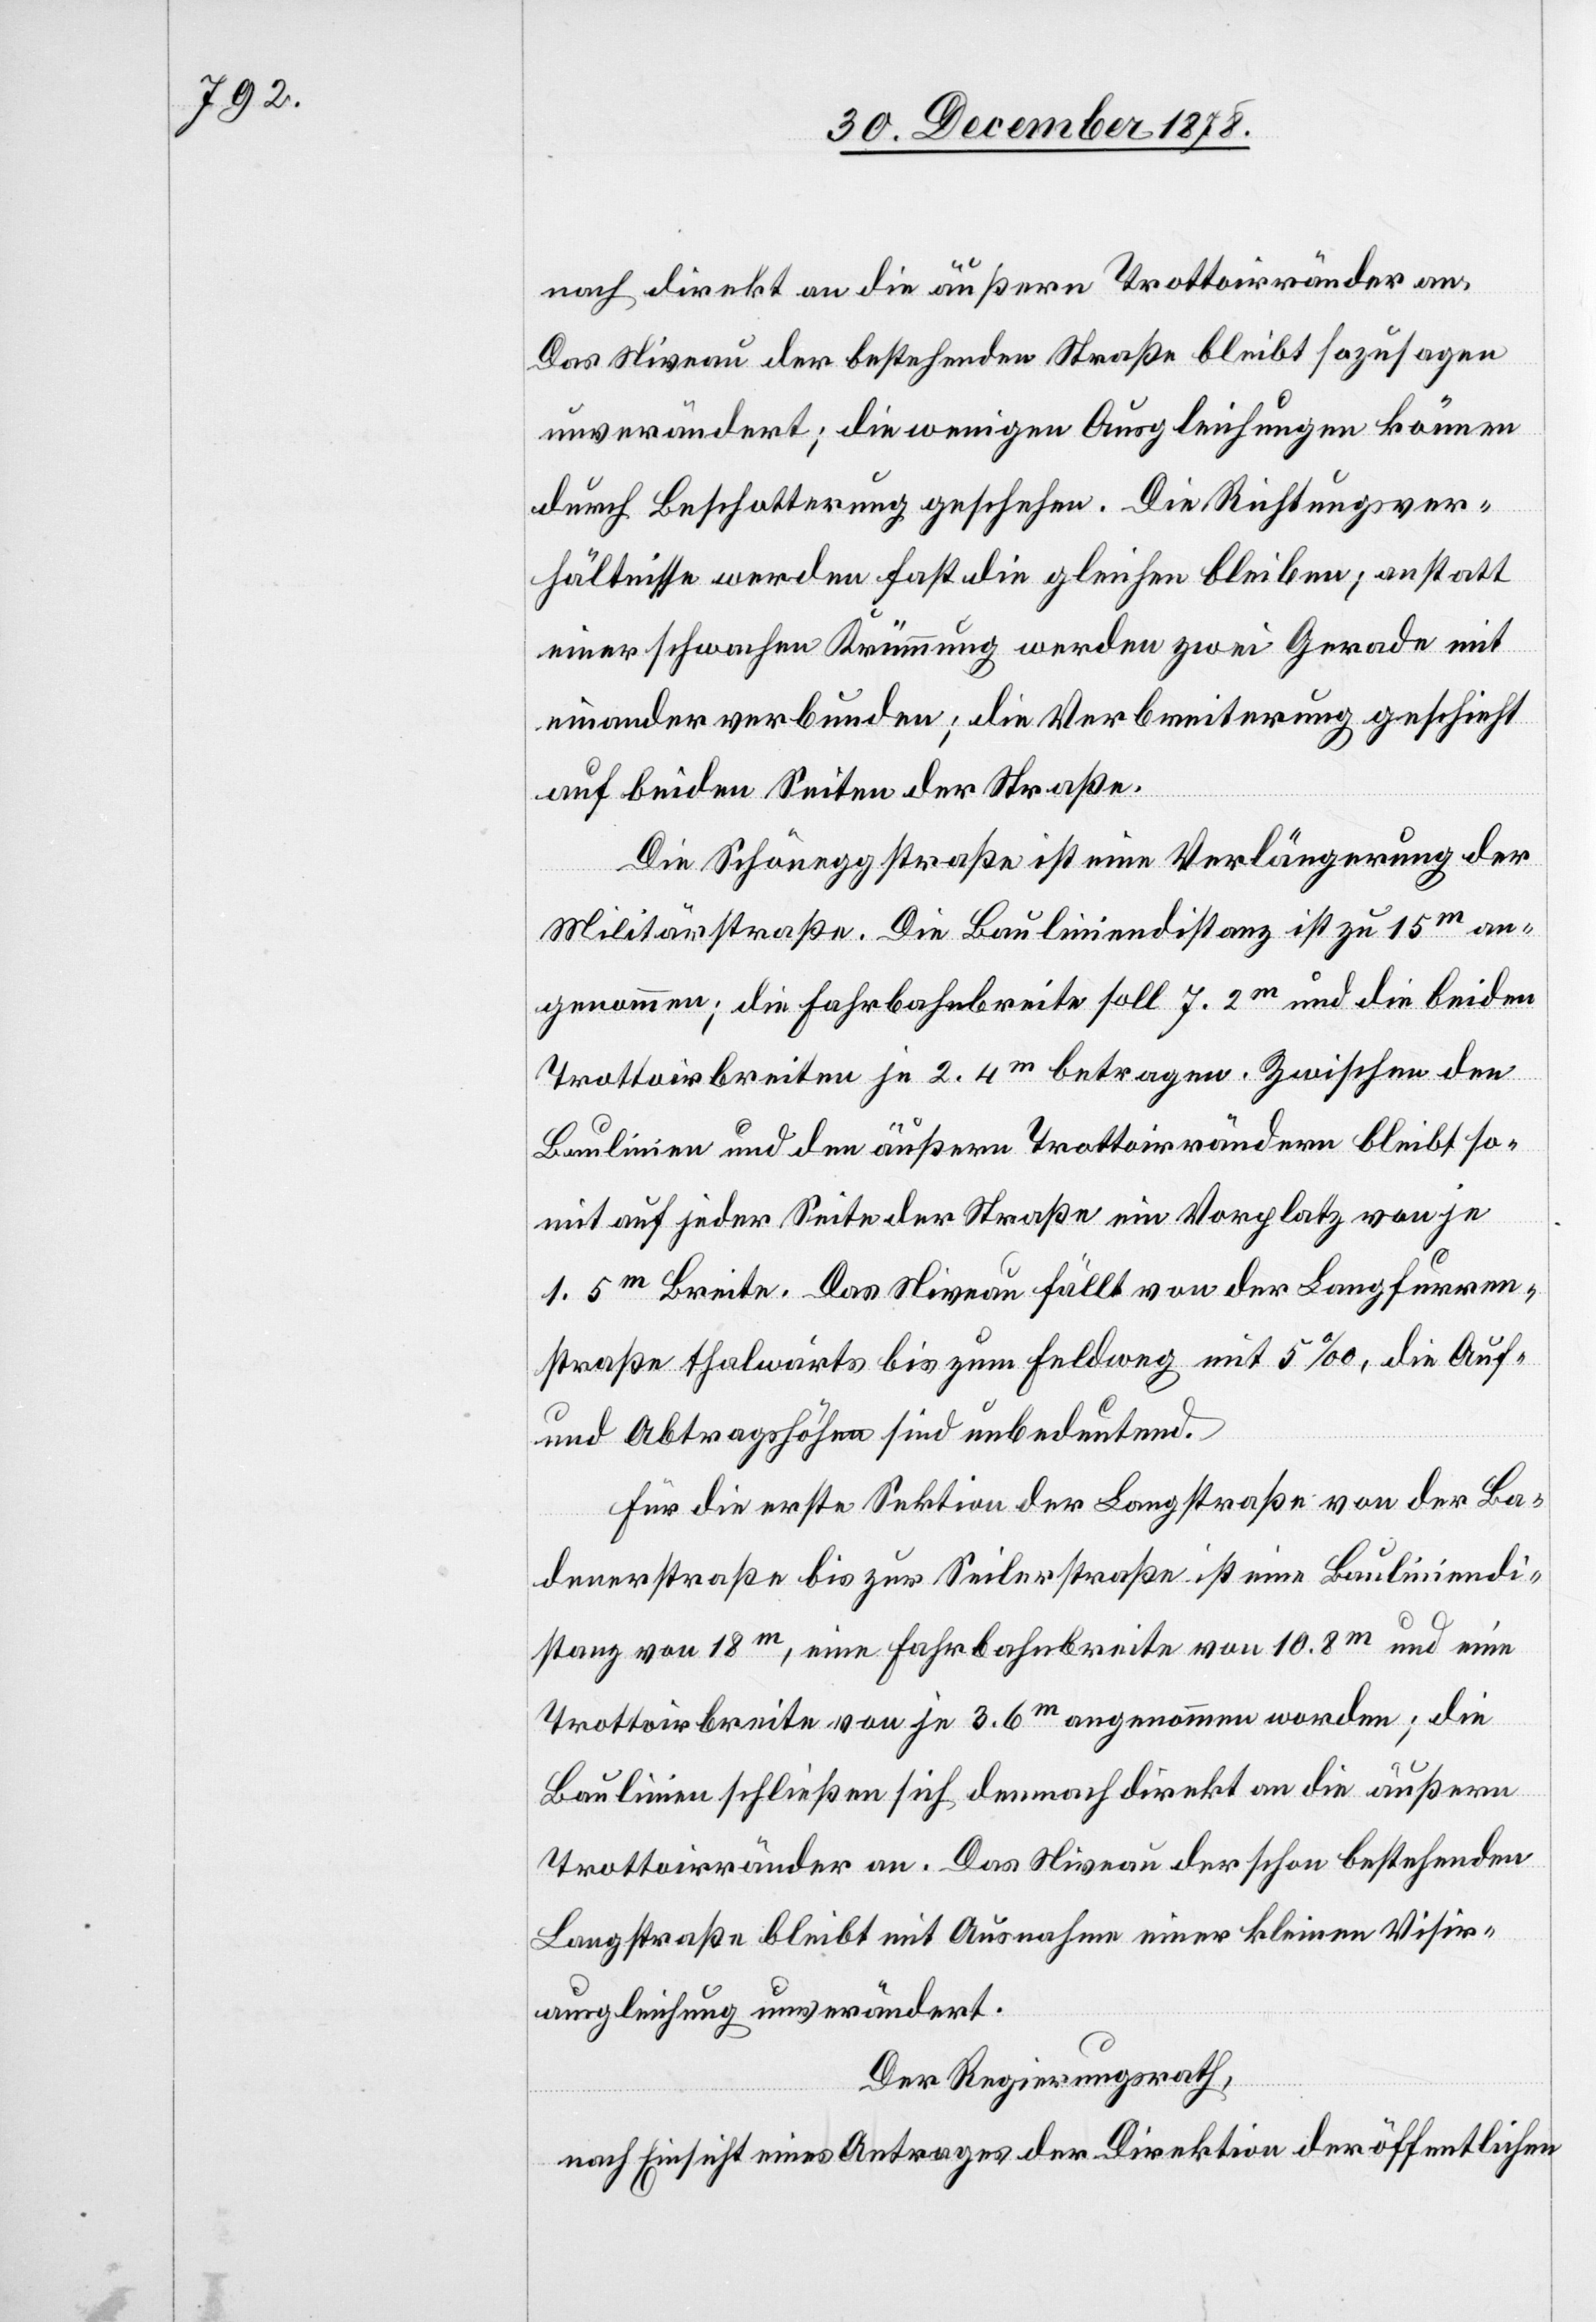
nach direkt an die äußere Trottoirränder an.
Das Niveau der bestehenden Straße bleibt sozusagen
unverändert; die wenigen Ausgleichungen können
durch Beschotterung geschehen. Die Richtungsver¬
hältnisse werden fast die gleichen bleiben; anstatt
einer schwachen Krümmung werden zwei Gerade mit
einander verbunden; die Verbreiterung geschieht
auf beiden Seiten der Straße.
Die Schöneggstraße ist eine Verlängerung der
Militärstraße. Die Bauliniendistanz ist zu 15m an¬
genommen; die Fahrbahnbreite soll 7.2m und die beiden
Trottoirbreiten je 2.4m betragen. Zwischen den
Baulinien und den äußern Trottoirrändern bleibt so¬
mit auf jeder Seite der Straße eine Vorplatz von je
1.5m Breite. Das Niveau fällt von der Langfurren¬
straße thalwärts bis zum Feldweg mit 5‰, die Auf-
und Abtragshöhen sind unbedeutend.
Für die erste Sektion der Langstraße von der Ba¬
denerstraße bis zur Seilerstraße ist eine Bauliniendi¬
stanz von 18m, eine Fahrbahnbreite von 10.8m und eine
Trottoirbreite von je 3.6m angenommen worden; die
Baulinien schließen sich demnach direkt an die äußere
Trottoirränder an. Das Niveau der schon bestehenden
Langstraße bleibt mit Ausnahme einer kleinen Visir¬
ausgleichung unverändert.
Der Regierungsrath,
nach Einsicht eines Antrages der Direktion der öffentlichen